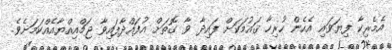
އެމެރިކާ ފިޔަވައި އެހެން ހުރިހާ ޤައުމަކަށް ފައިދާ ވާ ގޮތަށް އުފައްދާފައިވާ ޖަމްއިއްޔާއެއްކަމަށެވެ.